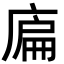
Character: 𢉞